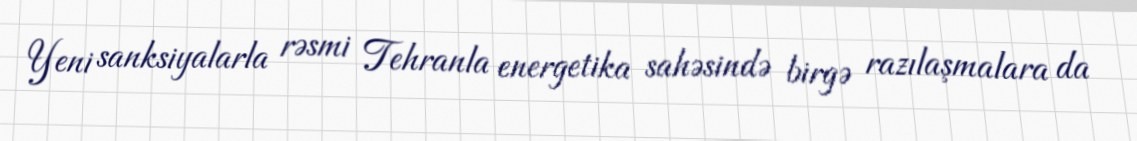
Yeni sanksiyalarla rəsmi Tehranla energetika sahəsində birgə razılaşmalara da